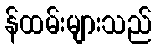
န်ထမ်းများသည်